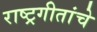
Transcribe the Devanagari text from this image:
राष्ट्रगीतांचे